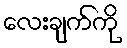
လေးချက်ကို